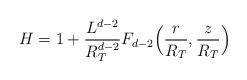
LaTeX: \begin{align*}H = 1 + \frac{L^{d-2}}{R_T^{d-2}}F_{d-2} \Big( \frac{r}{R_T} , \frac{z}{R_T} \Big)\end{align*}